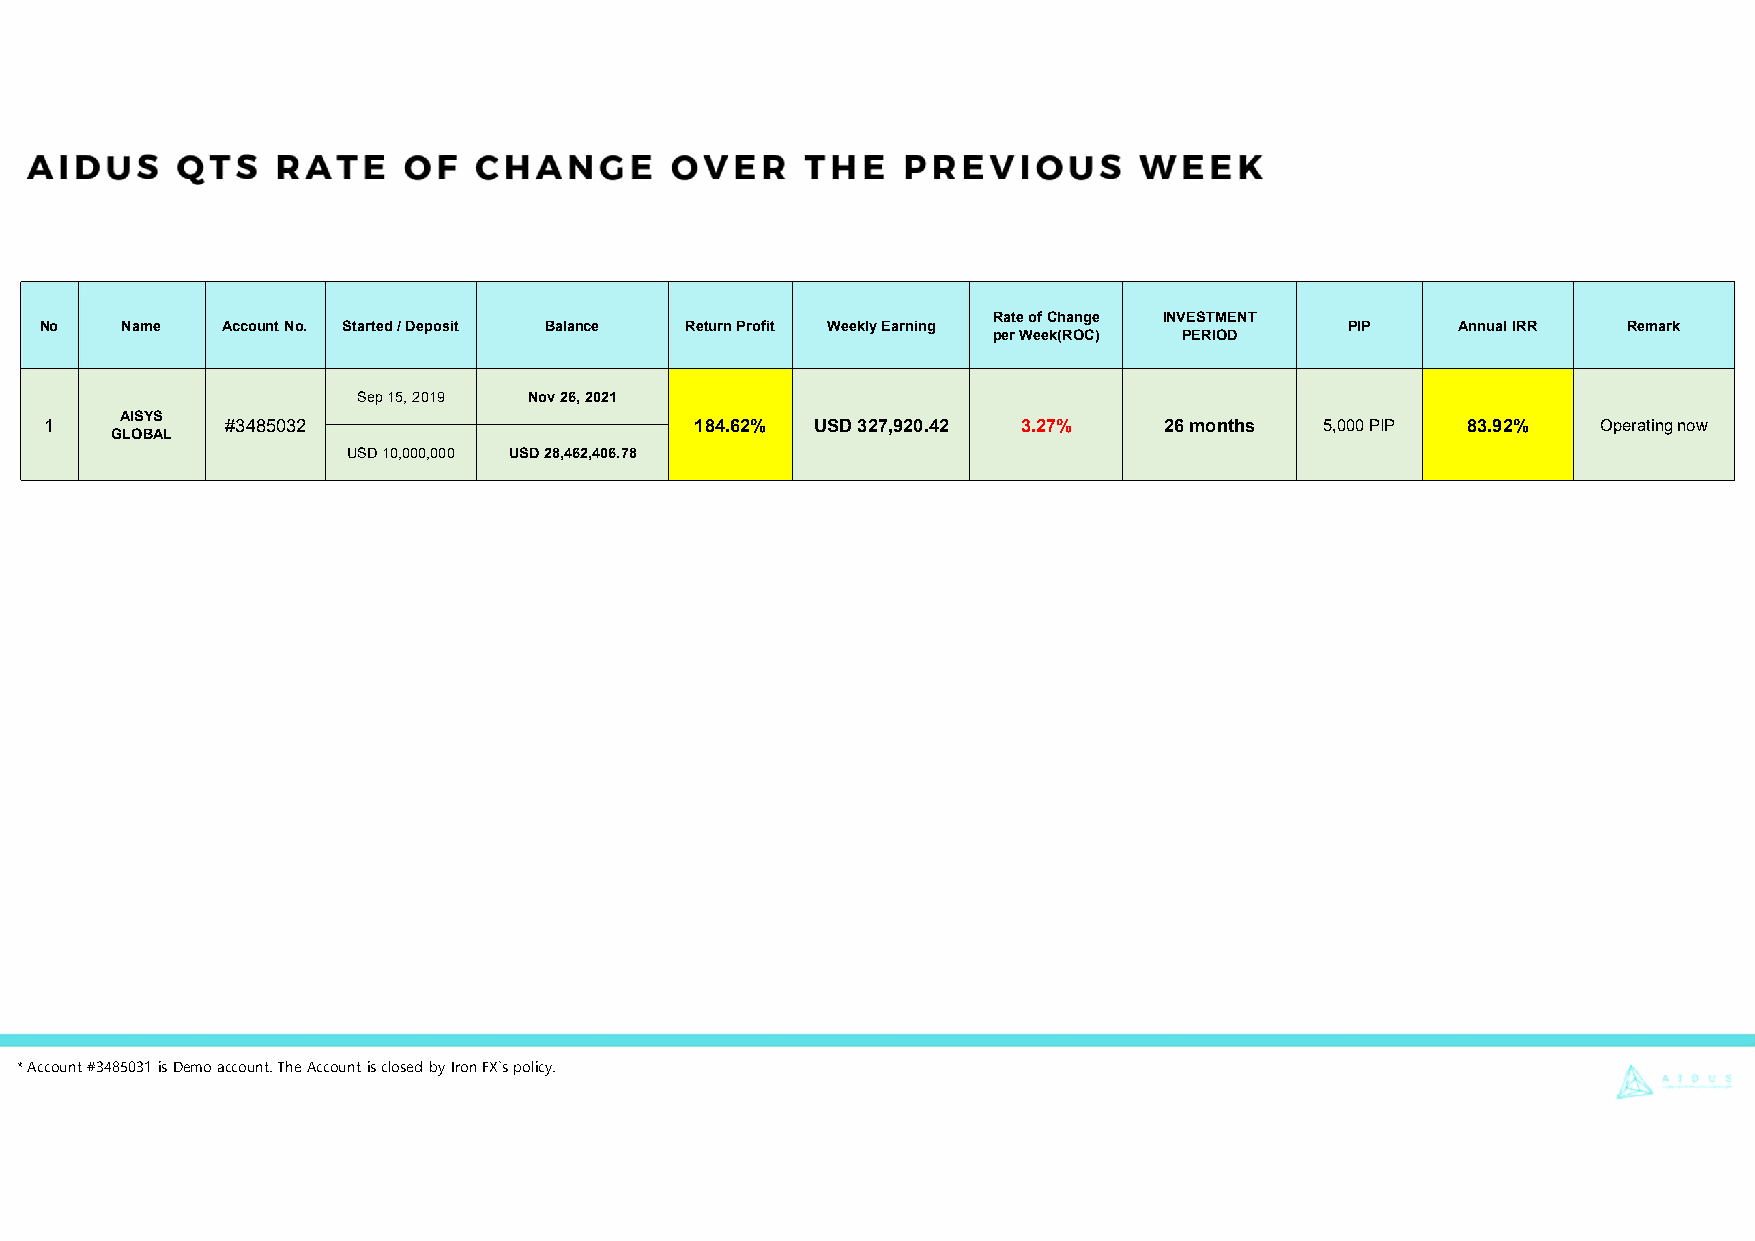
Rate of Change INVESTMENT
 No   Name   Account No. Started/ Deposit Balance Return Profit Weekly Earning         PIP     Annual IRR Remark
 per Week(ROC) PERIOD
 Sep 15, 2019 Nov 26, 2021
 AISYS
 1           #3485032                       184.62% USD 327,920.42 3.27%   26 months  5,000 PIP 83.92%  Operating now
 GLOBAL
 USD 10,000,000 USD 28,462,406.78
 * Account #3485031 is Demo account. The Account is closed by IronFX`s policy.